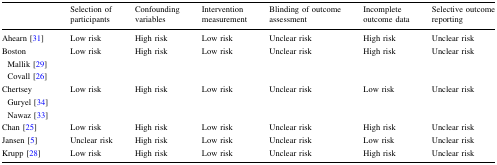
|  | Selection of participants | Confounding variables | Intervention measurement | Blinding of outcome assessment | Incomplete outcome data | Selective outcome reporting |
 | --- | --- | --- | --- | --- | --- | --- |
 | Ahearn [31] | Low risk | High risk | Low risk | Unclear risk | High risk | Unclear risk |
 | Boston Mallik [29] Covall [26] | Low risk | High risk | Low risk | Unclear risk | High risk | Unclear risk |
 | Chertsey Guryel [34] Nawaz [33] | Low risk | High risk | Low risk | Unclear risk | Low risk | Unclear risk |
 | Chan [25] | Low risk | High risk | Low risk | Unclear risk | High risk | Unclear risk |
 | Jansen [5] | Unclear risk | High risk | Low risk | Unclear risk | Low risk | Unclear risk |
 | Krupp [28] | Low risk | High risk | Low risk | Unclear risk | High risk | Unclear risk |